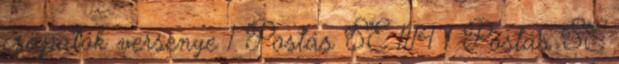
csapatok versenye 1 Postás SE 1114 1 Postás SE